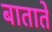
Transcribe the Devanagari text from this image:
बाताते